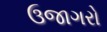
ઉજાગરો